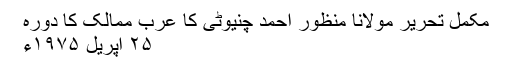
مکمل تحریر مولانا منظور احمد چنیوٹی کا عرب ممالک کا دورہ
۲۵ اپریل ۱۹۷۵ء